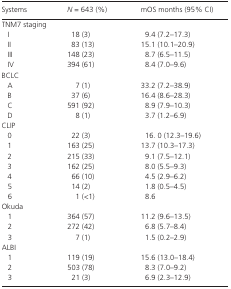
<table><thead><tr><td><b>Systems</b></td><td><b><i>N</i> = 643 (%)</b></td><td><b>mOS months (95% CI)</b></td></tr></thead><tbody><tr><td colspan="3">TNM7 staging</td></tr><tr><td>I</td><td>18 (3)</td><td>9.4 (7.2–17.3)</td></tr><tr><td>II</td><td>83 (13)</td><td>15.1 (10.1–20.9)</td></tr><tr><td>III</td><td>148 (23)</td><td>8.7 (6.5–11.5)</td></tr><tr><td>IV</td><td>394 (61)</td><td>8.4 (7.0–9.6)</td></tr><tr><td colspan="3">BCLC</td></tr><tr><td>A</td><td>7 (1)</td><td>33.2 (7.2–38.9)</td></tr><tr><td>B</td><td>37 (6)</td><td>16.4 (8.6–28.3)</td></tr><tr><td>C</td><td>591 (92)</td><td>8.9 (7.9–10.3)</td></tr><tr><td>D</td><td>8 (1)</td><td>3.7 (1.2–6.9)</td></tr><tr><td colspan="3">CLIP</td></tr><tr><td>0</td><td>22 (3)</td><td>16. 0 (12.3–19.6)</td></tr><tr><td>1</td><td>163 (25)</td><td>13.7 (10.3–17.3)</td></tr><tr><td>2</td><td>215 (33)</td><td>9.1 (7.5–12.1)</td></tr><tr><td>3</td><td>162 (25)</td><td>8.0 (5.5–9.3)</td></tr><tr><td>4</td><td>66 (10)</td><td>4.5 (2.9–6.2)</td></tr><tr><td>5</td><td>14 (2)</td><td>1.8 (0.5–4.5)</td></tr><tr><td>6</td><td>1 (&lt;1)</td><td>8.6</td></tr><tr><td colspan="3">Okuda</td></tr><tr><td>1</td><td>364 (57)</td><td>11.2 (9.6–13.5)</td></tr><tr><td>2</td><td>272 (42)</td><td>6.8 (5.7–8.4)</td></tr><tr><td>3</td><td>7 (1)</td><td>1.5 (0.2–2.9)</td></tr><tr><td colspan="3">ALBI</td></tr><tr><td>1</td><td>119 (19)</td><td>15.6 (13.0–18.4)</td></tr><tr><td>2</td><td>503 (78)</td><td>8.3 (7.0–9.2)</td></tr><tr><td>3</td><td>21 (3)</td><td>6.9 (2.3–12.9)</td></tr></tbody></table>